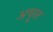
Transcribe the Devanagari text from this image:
अचूल